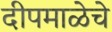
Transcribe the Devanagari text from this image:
दीपमाळेचे